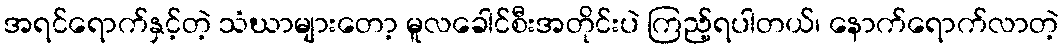
အရင်ရောက်နှင့်တဲ့ သံဃာများတော့ မူလခေါင်စီးအတိုင်းပဲ ကြည့်ရပါတယ်၊ နောက်ရောက်လာတဲ့